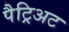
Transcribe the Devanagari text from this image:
पैट्रिअट